Report of the Municipal Commissioner on the plague in Bombay for the year ending 31st May... - Volume 2
Disease focus: Plague
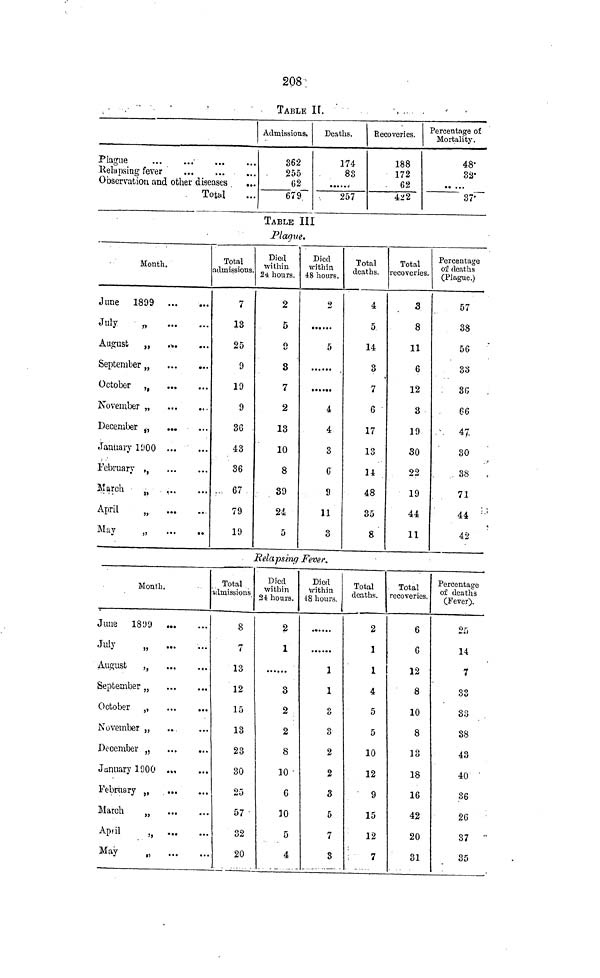
208:
TABLE IT.
Plague
Kelapsing fever
Observation and
•••
...
...
other diseases . ...
. Total
Admissions.
362
255
62
679
Deaths.
174
88
......
257
Recoveries.
188
172
.
62
±2 2
Percentage of
Mortality.
48'
82'
37'
TABLE III
Plague.
Month.
June 1899
July
o
August
„
.*.
September „
October ,,
November „
December it
......
January 1900
>
February ,,
March
•,
,
April
n
May
„
Total
admissions.
7
13
25
9
19
9
36
43
36
... 67
79
19
Died
within
24 hours.
2
5
n
8
7
2
13
10
8
39
24
5
Died
within
48 hours.
2
•»• •••
5
.
t *• •••
4
4
3
6
9
11
3
Total
deaths.
4
5
14
3
7
6
17
13
34
48
35
8
Total
recoveries.
3
8
11
6
12
3
19
30
22
19
44
11
Percentage
o'l deaths
(Plague.)
57
38
56
33
.
86
.
66
.-, 47.
30
.
. 38
,
71
44 ; ' ;
42
Relapsing Fever.
Month.
June 1809
July
„
August
,,
...
.,.
••
*7
September „
October ,,
November „
..
December „
January 1900 .,,
February ,
March
„
Aptil
„
May
„
Total
idmissions
8
7
13
12
15
13
23
30
25
57
32
20
Died
within
24 hours.
2
1
3
2
2
8
10 '
6
10
5
4
Died
within
48 hours.
1
1
3
3
2
2
3
5
7
3
Total
deaths.
2
1
1
4
5
5
10
12
9
15
12
:
7
Total
recoveries.
6
6
12
8
10
8
13
18
16
42
20
31
Percentage
of death's
(Fever).
25
14
7
33
33
.
38
43
40 '
36
26 :
37 "
35